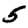
Digit: 5